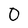
Character: 0